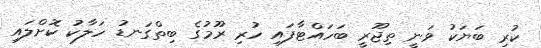
ކުރި ބަޔަކު ވަނީ ތިޖޫރީ ބަހައްޓާފައި ހުރި ރޫމުގެ ބިތްގަނޑު ހަލާކު ކޮށްލައި